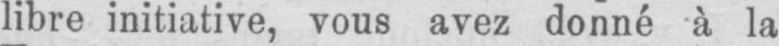
libre initiative, vous avez donné à la